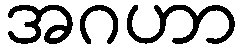
အဂဟာ